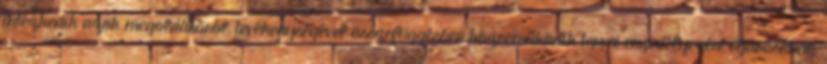
intézkedik azok megoldásáról, tevékenységével összefüggésben közreműködik tervei engedélyezési eljárásában,